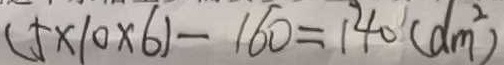
( 5 \times 1 0 \times 6 ) - 1 6 0 = 1 4 0 ( d m ^ { 2 } )